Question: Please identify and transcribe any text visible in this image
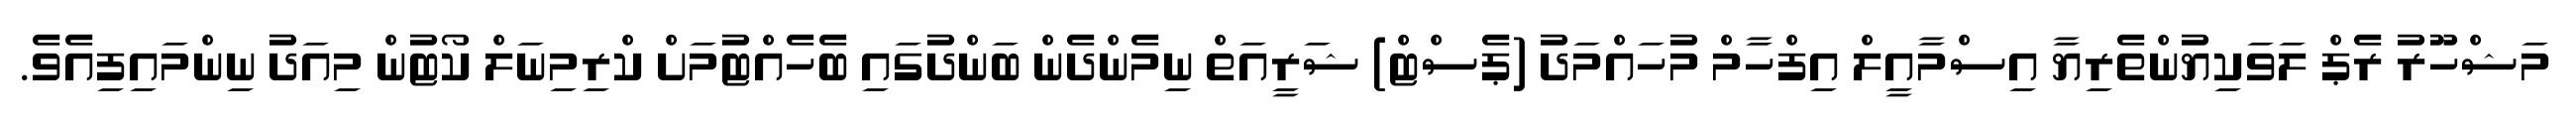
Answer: މަޝްހޫރު ރެޕް ލަވަކިޔުންތެރިޔާ އިސްމާއީލް އިފްހާމް މުހައްމަދު (ޕެސްޓް) ޝަރީއަތް ނިމެންދެން ބަންދުގައި ބެހެއްޓުމަށް ކްރިމިނަލް ކޯޓުން މިއަދު ނިންމައިފިއެވެ.